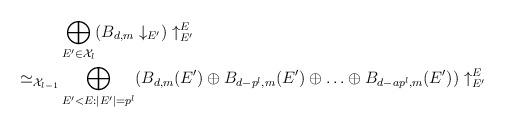
LaTeX: \begin{align*} & \bigoplus_{E' \in \mathcal{X}_l} (B_{d,m} \downarrow_{E'}) \uparrow^{E}_{E'} \\ \simeq_{\mathcal{X}_{l-1}}& \bigoplus_{E'<E: |E'|=p^l} (B_{d,m}(E') \oplus B_{d-p^l,m}(E') \oplus \ldots \oplus B_{d-ap^l,m}(E')) \uparrow^{E}_{E'}\end{align*}